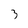
Character: 3